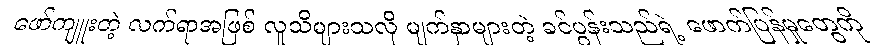
ဖော်ကျူးတဲ့ လက်ရာအဖြစ် လူသိများသလို မျက်နှာများတဲ့ ခင်ပွန်းသည်ရဲ့ ဖောက်ပြန်မှုတွေကို